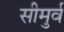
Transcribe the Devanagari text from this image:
सीमुर्व